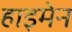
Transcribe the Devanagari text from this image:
हाइमेन